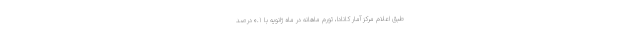
طبق اعلام مرکز آمار کانادا، تورم ماهانه در ماه ژانویه با ۰.۱ درصد